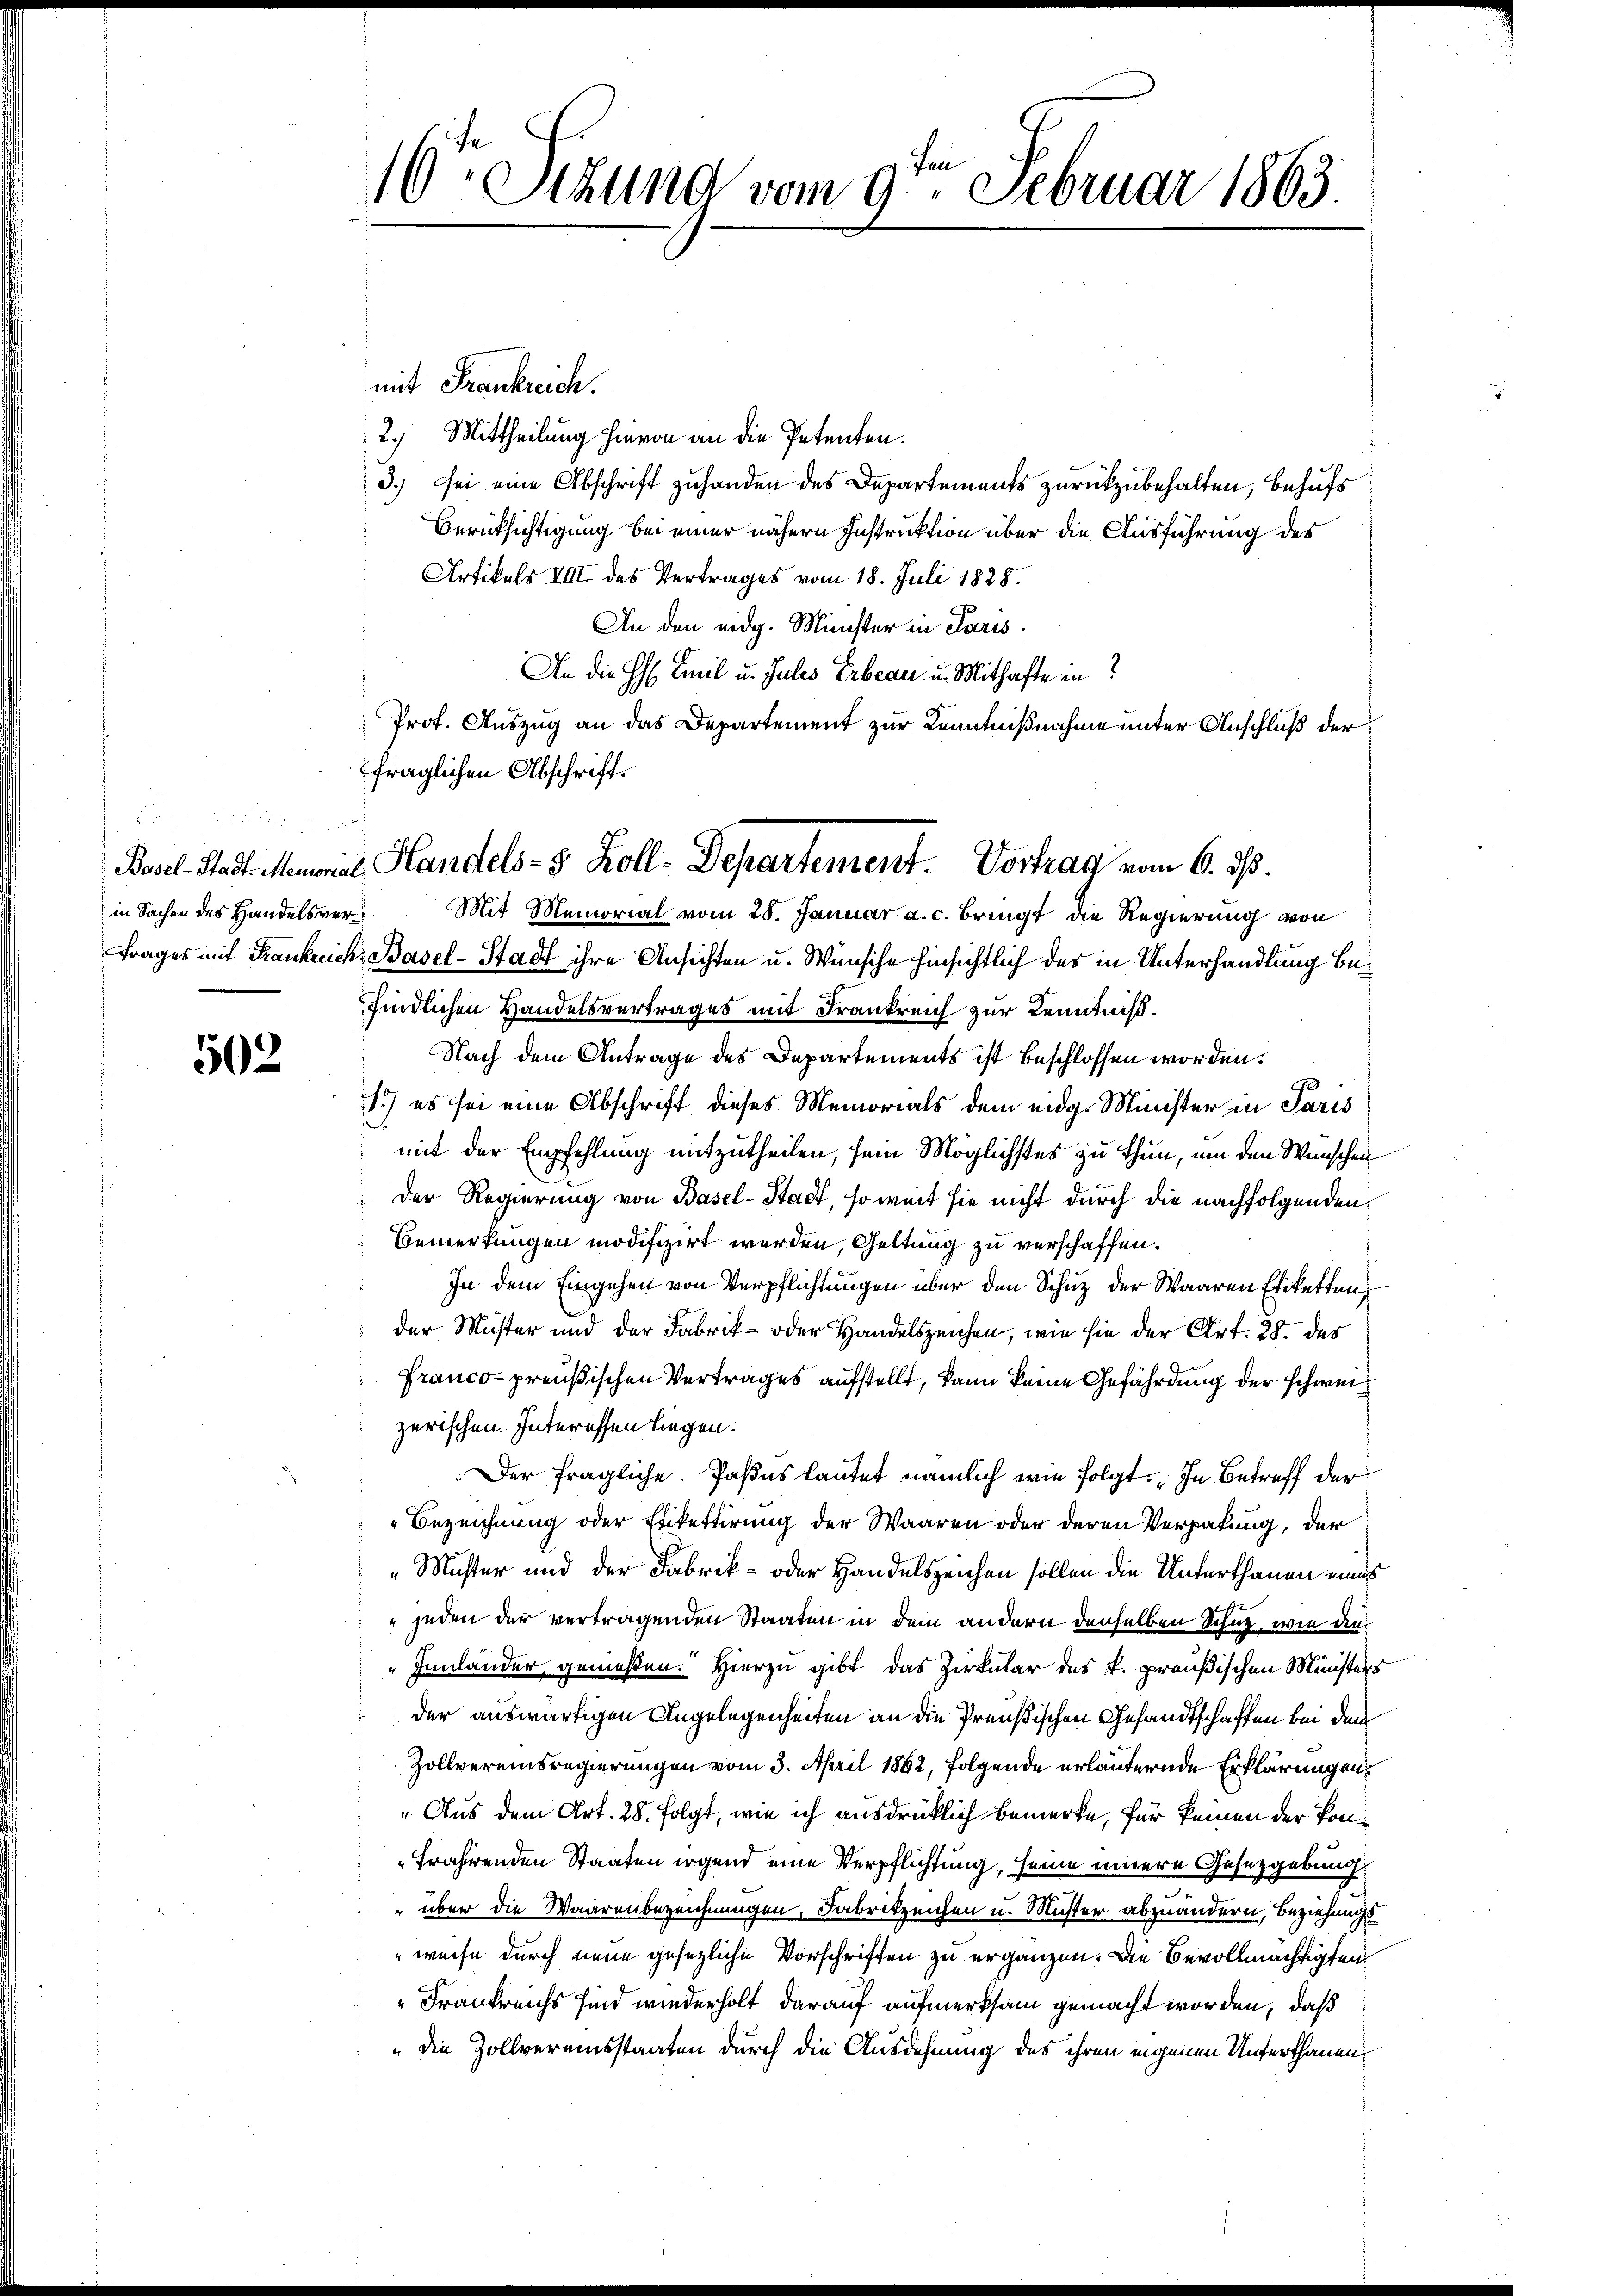
.
in Sachen des Handelsver¬

502

mit Frankreich.
2. Mittheilung hievon an die Petenten.
3.) sei eine Abschrift zuhanden des Departements zurückzubehalten, behufs
Berücksichtigung bei einer nähern Instruktion über die Ausführung des
Artikels VIII des Vertrages vom 18. Juli 1828.
An den eidg. Minister in Paris.
An die H. Emil u. Jules Erbene u. Mithafte in
Prof. Auszug an das Departement zur Kenntnißnahme unter Anschluß der
fraglichen Abschrift.
Mit Memorial vom 28. Januar a. c. bringt die Regierung von
trages mit Frankreich, Basel-Stadt ihre Ansichten u. Wünsche hinsichtlich des in Unterhandlung befindlichen Handelsvertrages mit Frankreich zur Kenntniß.
Nach dem Antrage des Departements ist beschlossen worden.
1.) es sei eine Abschrift dieses Memorials dem eidg. Minister in Paris
mit der Empfehlung mitzutheilen, sein Möglichstes zu thun, um den Wünschen
Der Regierung von Basel-Stadt, so weit sie nicht durch die nachfolgenden
Bemerkungen modifizirt werden, Geltung zu verschaffen.
In dem Eingehen von Verpflichtungen über den Schuz der Waaren Eriketten
der Muster und der Fabrik- oder Handelszeichen, wie sie der Art. 28. des
Franco-preußischen Vertrages aufstellt, kann keine Gefährdung der schweizerischen Interessen liegen.
Der fragliche. Paßes lautet nämlich wie folgt: „In Betreff der
Bezeichnung oder Erikettirung der Waaren oder deren Verpakung, der
„Muster und der Fabrik- oder Handelszeichen sollen die Unterthanen eines
" jeden der vertragenden Staaten in dem andern denselben Schnz, wie die¬
"Innlander genießen. Hierzu gibt das Zirkular des k. preußischen Ministers
der auswärtigen Angelegenheiten an die Preußischen Gesandtschaften bei dem
Zollvereinsregierungen vom 3. April 1862, folgende erläuternde Erklärungen,
„Aus dem Art. 28. folgt, wie ich ausdrücklich bemerke, für keinen der Kon¬
Frahirenden Staaten irgend eine Verpflichtung, seine innere Gesetzgebung:
" über die Waarenbezeichnungen, Fabrikzeichen u. Muster abzuändern, Beziehungs¬
"weise durch neue gesezliche Vorschriften zu ergänzen. Die Bevollmächtigten
Frankreichs sind wiederholt darauf aufmerksam gemacht worden, daß
" die Zollvereinsstaaten durch die Ausdehnung des ihren engenen Unterthanen¬

16 Stund vom 9. Februar 1863.

Basel-Stadt Memorial Handels- 8 Koll-Departement. Vortrag vom 6. ds.